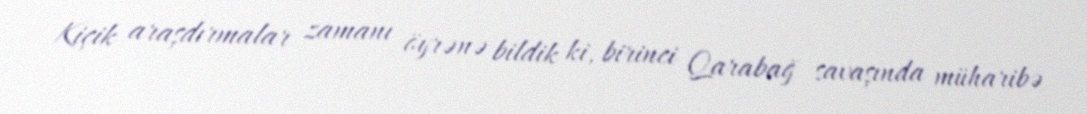
Kiçik araşdırmalar zamanı öyrənə bildik ki, birinci Qarabağ savaşında müharibə